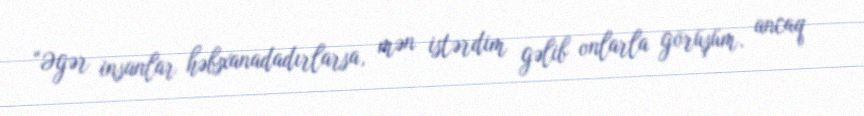
“Əgər insanlar həbsxanadadırlarsa, mən istərdim gəlib onlarla görüşüm, ancaq